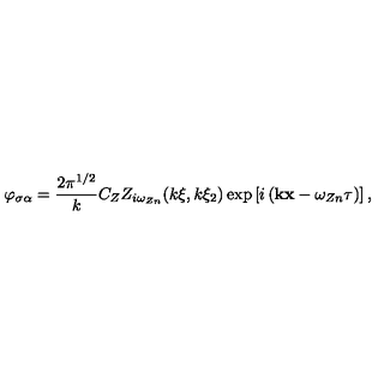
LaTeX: \varphi _ { \sigma \alpha } = \frac { 2 \pi ^ { 1 / 2 } } { k } C _ { Z } Z _ { i \omega _ { Z n } } ( k \xi , k \xi _ { 2 } ) \exp \left[ i \left( { \bf k x } - \omega _ { Z n } \tau \right) \right] ,